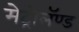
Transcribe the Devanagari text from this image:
मेट्रोलॅण्ड